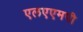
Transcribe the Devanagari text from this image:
एलएएमपी